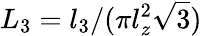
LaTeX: L_{3}=l_{3}/(\pi l_{z}^{2}\sqrt{3})